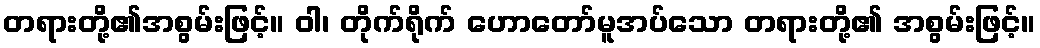
တရားတို့၏အစွမ်းဖြင့်။ ဝါ၊ တိုက်ရိုက် ဟောတော်မူအပ်သော တရားတို့၏ အစွမ်းဖြင့်။